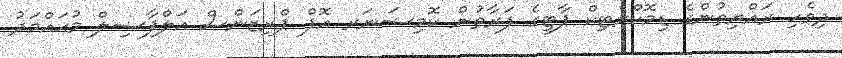
ދިވެހި ރައްޔިތުންގެ ޑިމޮކްރެޓިކް ޕާޓީގެ ފަރާތުން ކޮމިޝަނަރ އޮފް ޕްރިޒަންސް އަލްފާޟިލް މުޙައްމަދު